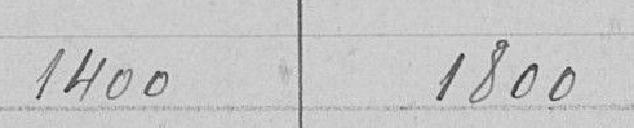
1400 1800